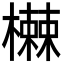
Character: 𬄸